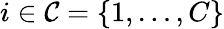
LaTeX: i\in\mathcal{C}=\{ 1,\dots,C\}